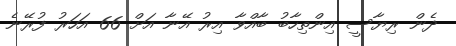
ދެން ރިޔާސީ އިންތިހާބު ބާއްވާ އިރު އޭނާ އަށް 66 އަހަރު ފުރޭނެ